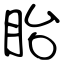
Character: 眙